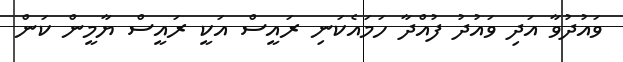
ވައުދުވާ އަދި ވައުދު ފުއްދާ ހަމައެކަނި ރައީސް އަކީ ރައީސް ޔާމީން ކަން